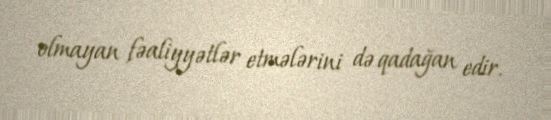
olmayan fəaliyyətlər etmələrini də qadağan edir.